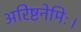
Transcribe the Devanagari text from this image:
अरिष्टनेमिः।